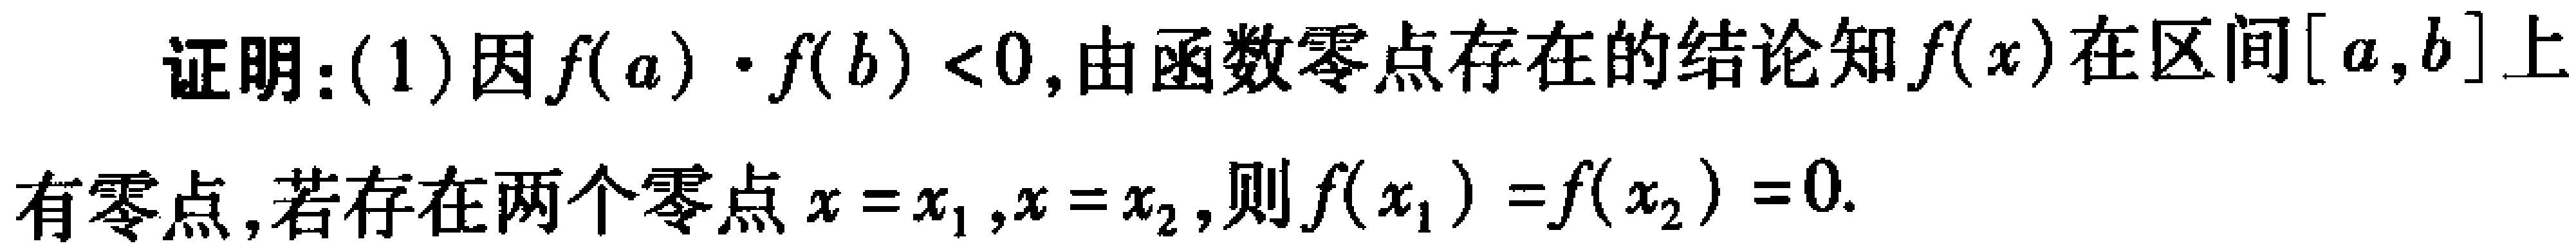
证明：(1)因\(f(a)\cdot f(b)<0\)，由函数零点存在的结论知\(f(x)\)在区间\([a,b]\)上有零点，若存在两个零点\(x = x_1,x = x_2\)，则\(f(x_1)=f(x_2)=0\)。